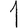
Digit: 1